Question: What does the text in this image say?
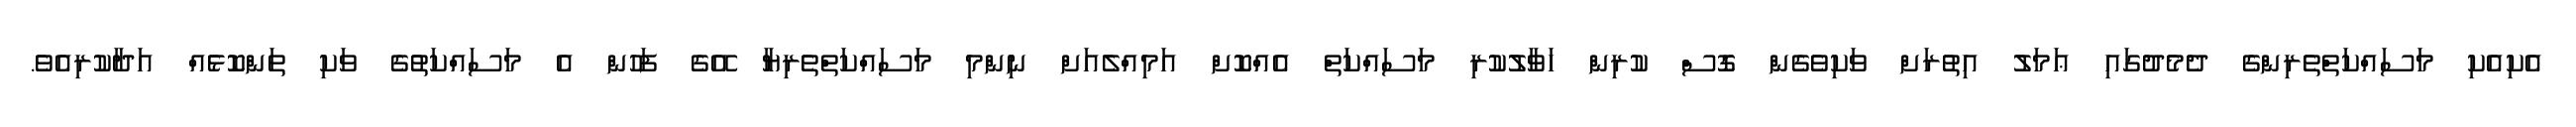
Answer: އެކިއެކި މަސައްކަތްތެރިންގެ ދެމެދުގައި ޢަމަލު އިތުރަށް ވަކިވެގެން ގޮސް ކުރިން ހަވާލުކުރި މަސައްކަތް އެއްކޮށް އަމިއްލެއަށް ނިންމި މަސައްކަތްތެރިޔާ އޭގެ ފަހުން އެ މަސައްކަތުގެ ވަކި ތަންކޮޅެއް އަދާކުރިއެވެ.